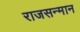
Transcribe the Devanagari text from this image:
राजसन्मान